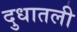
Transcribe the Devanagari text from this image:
दुधातली